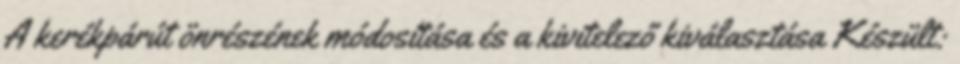
A kerékpárút önrészének módosítása és a kivitelező kiválasztása Készült: